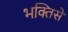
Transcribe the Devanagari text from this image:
भक्तिसे